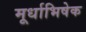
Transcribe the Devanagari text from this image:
मूर्धाभिषेक